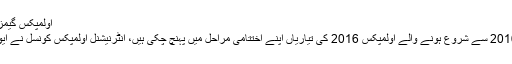
اولمپکس گیمز 2016 کے میڈلزکا اجراء کردیا گیا ہے -
ریو: برازیل کے شہر ریو میں 05 اگست 2016 سے شروع ہونے والے اولمپکس 2016 کی تیاریاں اپنے اختتامی مراحل میں پہنچ چکی ہیں، انٹرنیشنل اولمپکس کونسل نے ایونٹ کے لئے میڈلز کی رونمائی کردی ہے۔